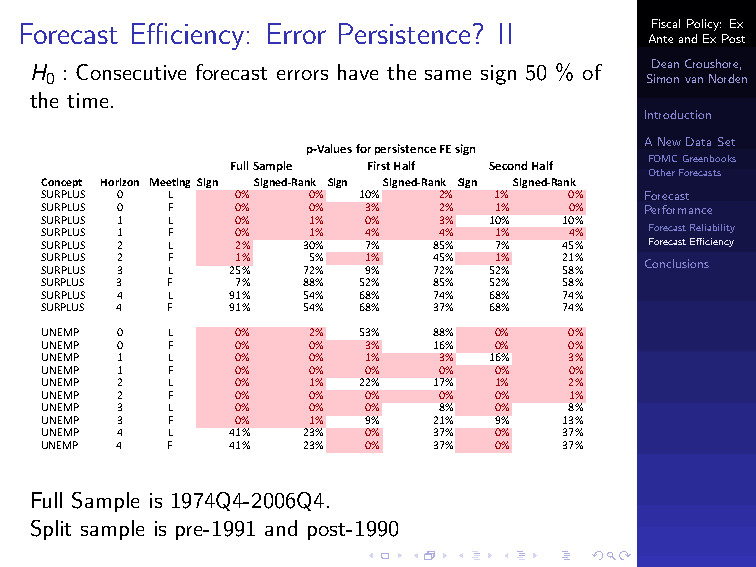
Forecast Efficiency: Error Persistence? II FiscalPolicy:Ex
 AnteandExPost
 H : Consecutive forecast errors have the same sign 50 % of DeanCroushore,
 0                                       SimonvanNorden
 the time.
 Introduction
 ANewDataSet
 p‐Values for persistence FE sign
 FOMCGreenbooks
 Full Sample First Half Second Half
 OtherForecasts
 Concept Horizon Meeting Sign Signed‐Rank Sign Signed‐Rank Sign Signed‐Rank
 SURPLUS 0 L  0%  0%  10%  2%  1%   0%   Forecast
 SURPLUS 0 F  0%  0%  3%   2%  1%   0%   Performance
 SURPLUS 1 L  0%  1%  0%   3% 10%  10%
 SURPLUS 1 F  0%  1%  4%   4%  1%   4%   ForecastReliability
 SURPLUS 2 L  2%  30% 7%   85% 7%  45%   ForecastEfficiency
 SURPLUS 2 F  1%  5%  1%   45% 1%  21%   Conclusions
 SURPLUS 3 L 25%  72% 9%   72% 52% 58%
 SURPLUS 3 F  7%  88% 52%  85% 52% 58%
 SURPLUS 4 L 91%  54% 68%  74% 68% 74%
 SURPLUS 4 F 91%  54% 68%  37% 68% 74%
 UNEMP 0 L    0%  2%  53%  88% 0%   0%
 UNEMP 0 F    0%  0%  3%   16% 0%   0%
 UNEMP 1 L    0%  0%  1%   3% 16%   3%
 UNEMP 1 F    0%  0%  0%   0%  0%   0%
 UNEMP 2 L    0%  1%  22%  17% 1%   2%
 UNEMP 2 F    0%  0%  0%   0%  0%   1%
 UNEMP 3 L    0%  0%  0%   8%  0%   8%
 UNEMP 3 F    0%  1%  9%   21% 9%  13%
 UNEMP 4 L   41%  23% 0%   37% 0%  37%
 UNEMP 4 F   41%  23% 0%   37% 0%  37%
 Full Sample is 1974Q4-2006Q4.
 Split sample is pre-1991 and post-1990